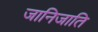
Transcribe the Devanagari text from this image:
जानिजाति